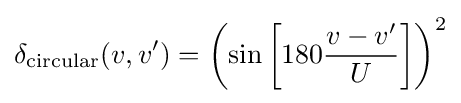
\delta _{\text{circular}}(v,v')=\left(\sin \left[180{\frac {v-v'}{U}}\right]\right)^{2}